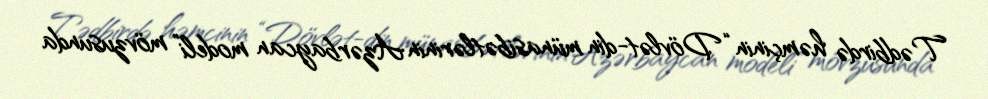
Tədbirdə həmçinin “Dövlət-din münasibətlərinin Azərbaycan modeli” mövzusunda